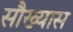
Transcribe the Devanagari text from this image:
सौख्यास